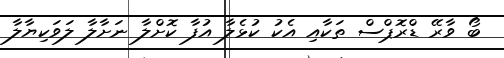
ބޯ ވާރޭ ޑްރޮޕްސް ތަކާއި އެކު ކުޅެލާ އުފާ ކޮށްލާ ނަށާލާ ލަވަކިޔާލާ